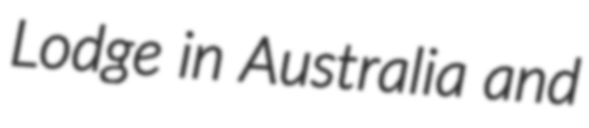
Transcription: Lodge in Australia and